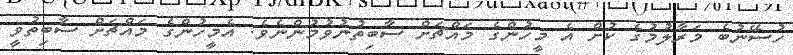
ހުސޭނުބެ މަރާލުމުގެ ކުށް އެ މީހުންގެ މައްޗަށް ސާބިތުނުވުމުންނެވެ. އެމީހުންގެ މައްޗަށް ސާބިތުވީ